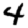
Digit: 4